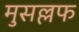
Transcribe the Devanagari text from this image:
मुसल्लफ